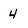
Character: 4